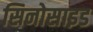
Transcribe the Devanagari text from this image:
सिनोसाइड